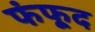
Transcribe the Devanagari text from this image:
फंफूद